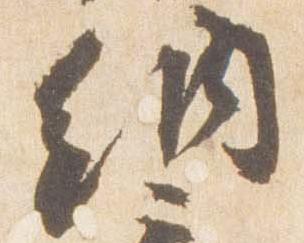
納